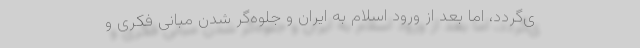
ی‌گردد، اما بعد از ورود اسلام به ایران و جلوه‌گر شدن مبانی فکری و